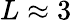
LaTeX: L\approx 3